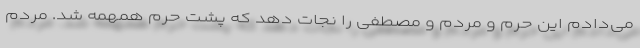
می‌دادم این حرم و مردم و مصطفی را نجات دهد که پشت حرم همهمه شد. مردم